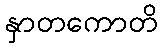
နှာတကောတိ